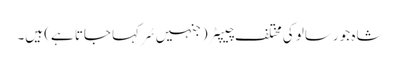
شاہ جو رسالو کی مختلف چیپٹر (جنہیں سُر کہا جاتا ہے) ہیں۔